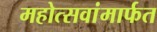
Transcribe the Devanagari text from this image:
महोत्सवांमार्फत